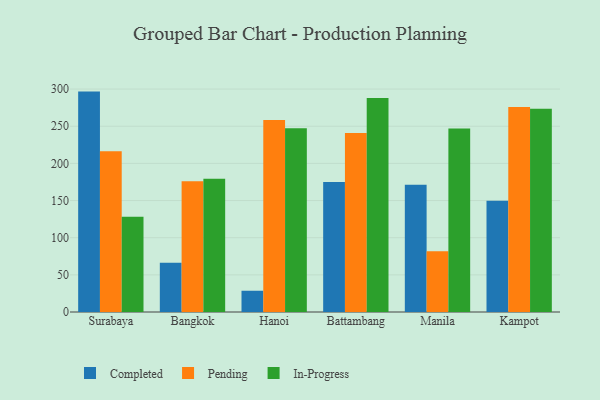
{"axis": {"x": "City", "y": "Revenue (USD Million)"}, "legend": ["Completed", "In-Progress", "Pending"], "data": [{"x": "Surabaya", "y": 296.6, "type": "Completed"}, {"x": "Surabaya", "y": 216.4, "type": "Pending"}, {"x": "Surabaya", "y": 128.3, "type": "In-Progress"}, {"x": "Bangkok", "y": 66.2, "type": "Completed"}, {"x": "Bangkok", "y": 176.0, "type": "Pending"}, {"x": "Bangkok", "y": 179.3, "type": "In-Progress"}, {"x": "Hanoi", "y": 28.6, "type": "Completed"}, {"x": "Hanoi", "y": 258.4, "type": "Pending"}, {"x": "Hanoi", "y": 247.2, "type": "In-Progress"}, {"x": "Battambang", "y": 175.0, "type": "Completed"}, {"x": "Battambang", "y": 240.9, "type": "Pending"}, {"x": "Battambang", "y": 287.9, "type": "In-Progress"}, {"x": "Manila", "y": 171.2, "type": "Completed"}, {"x": "Manila", "y": 81.7, "type": "Pending"}, {"x": "Manila", "y": 247.0, "type": "In-Progress"}, {"x": "Kampot", "y": 149.6, "type": "Completed"}, {"x": "Kampot", "y": 275.8, "type": "Pending"}, {"x": "Kampot", "y": 273.5, "type": "In-Progress"}]}